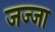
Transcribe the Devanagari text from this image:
जज्जा